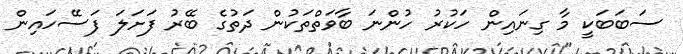
ސަބަބަކީ މާ ގިނައިން ހަކުރު ހުންނަ ބާވަތްތަކުން ދަތުގެ ބޭރު ފަށަލަ ފަސޭހައިން